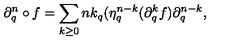
\partial _ { q } ^ { n } \circ f = \sum _ { { k \ge 0 } } { \binom { n } { k } } _ { q } ( \eta _ { q } ^ { n - k } ( \partial _ { q } ^ { k } f ) \partial _ { q } ^ { n - k } ,